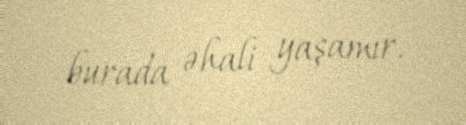
burada əhali yaşamır.